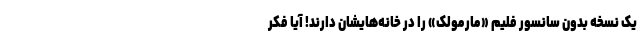
یک نسخه بدون سانسور فلیم «مارمولک» را در خانه‌هایشان دارند! آیا فکر